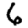
Digit: 6